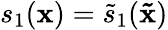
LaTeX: s_{1}(\mathbf{x})=\tilde{s}_{1}(\mathbf{\tilde{x}})